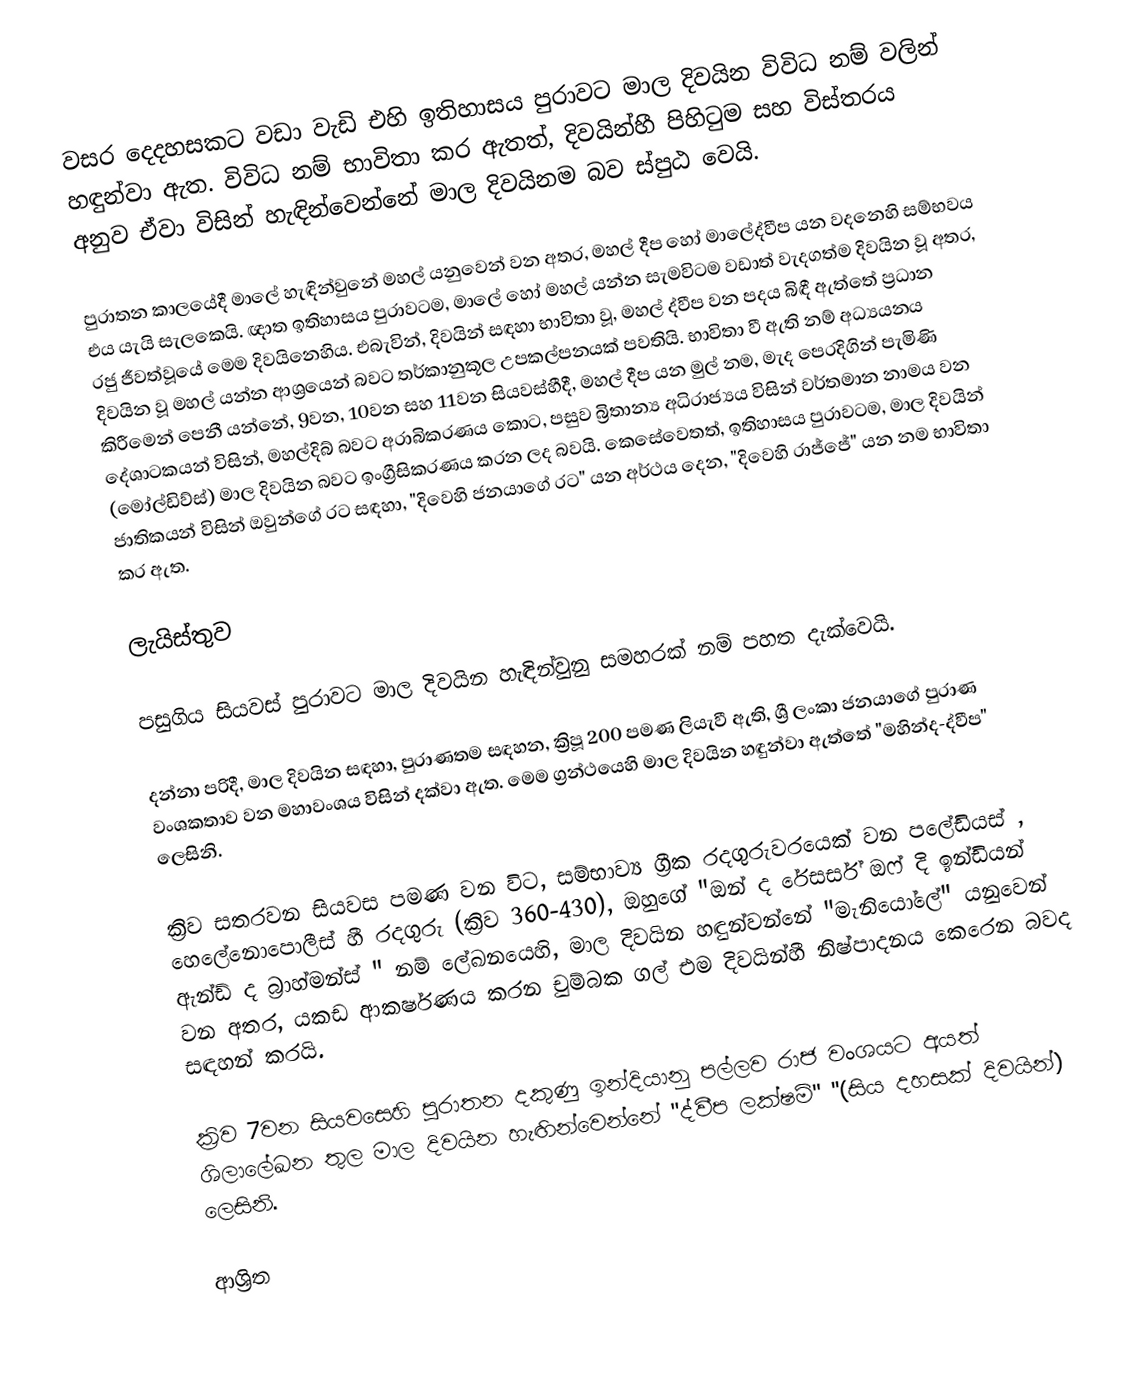
වසර දෙදහසකට වඩා වැඩි එහි ඉතිහාසය පුරාවට මාල දිවයින විවිධ නම් වලින් හඳුන්වා ඇත. විවිධ නම් භාවිතා කර ඇතත්, දිවයින්හී පිහිටුම සහ විස්තරය අනුව ඒවා විසින් හැඳින්වෙන්නේ මාල දිවයිනම බව ස්පුඨ වෙයි.

පුරාතන කාලයේදී මාලේ හැඳින්වුනේ මහල් යනුවෙන් වන අතර,  මහල් දීප හෝ  මාලේද්වීප යන වදනෙහි සම්භවය එය යැයි සැලකෙයි. ඥාත ඉතිහාසය පුරාවටම, මාලේ හෝ මහල් යන්න සැමවිටම වඩාත් වැදගත්ම දිවයින වූ අතර, රජු ජීවත්වූයේ මෙම දිවයිනෙහිය. එබැවින්, දිවයින් සඳහා භාවිතා වූ, මහල් ද්වීප  වන පදය බිඳී ඇත්තේ ප්‍රධාන දිවයින වූ මහල් යන්න ආශ්‍රයෙන් බවට තර්කානුකූල උපකල්පනයක් පවතියි.  භාවිතා වී ඇති නම් අධ්‍යයනය කිරීමෙන් පෙනී යන්නේ, 9වන, 10වන සහ 11වන සියවස්හීදී, මහල් දීප යන මුල් නම, මැද පෙරදිගින් පැමිණි දේශාටකයන් විසින්, මහල්දිබ් බවට අරාබිකරණය කොට, පසුව බ්‍රිතාන්‍ය අධිරාජ්‍යය විසින් වර්තමාන නාමය වන (මෝල්ඩිව්ස්) මාල දිවයින බවට ඉංග්‍රීසිකරණය කරන ලද බවයි. කෙසේවෙතත්, ඉතිහාසය පුරාවටම, මාල දිවයින් ජාතිකයන් විසින් ඔවුන්ගේ රට සඳහා,  "දිවෙහි ජනයාගේ රට" යන අර්ථය දෙන, "දිවෙහි රාජ්ජේ" යන නම භාවිතා කර ඇත.

ලැයිස්තුව

පසුගිය සියවස් පුරාවට මාල දිවයින හැඳින්වුනු සමහරක් නම් පහත දැක්වෙයි.

 දන්නා පරිදී, මාල දිවයින සඳහා,  පුරාණතම සඳහන,  ක්‍රිපූ 200 පමණ ලියැවී ඇති,  ශ්‍රී ලංකා ජනයාගේ පුරාණ   වංශකතාව වන මහාවංශය විසින්  දක්වා ඇත. මෙම ග්‍රන්ථයෙහි මාල දිවයින හඳුන්වා ඇත්තේ "මහින්ද-ද්වීප" ලෙසිනි.

 ක්‍රිව සතරවන සියවස පමණ වන විට, සම්භාව්‍ය ග්‍රීක රදගුරුවරයෙක් වන  පලේඩියස් , හෙලේනොපොලීස් හී රදගුරු (ක්‍රිව 360-430), ඔහුගේ "ඔන් ද රේසර්ස් ඔෆ් දි ඉන්ඩියන් ඇන්ඩ් ද බ්‍රාහ්මන්ස් " නම් ලේඛනයෙහි,  මාල දිවයින හඳුන්වන්නේ "මැනියෝලේ" යනුවෙන් වන අතර, යකඩ ආකර්ෂණය කරන චුම්බක ගල් එම දිවයින්හී නිෂ්පාදනය කෙරෙන බවද සඳහන් කරයි.

 ක්‍රිව 7වන සියවසෙහි පුරාතන දකුණු ඉන්දියානු පල්ලව රාජ වංශයට අයත් ශිලාලේඛන තුල මාල දිවයින හැඟින්වෙන්නේ "ද්වීප ලක්ෂම්" ''(සිය දහසක් දිවයින්) ලෙසිනි.

ආශ්‍රිත